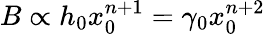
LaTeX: B\propto h_{0}x_{0}^{n+1}=\gamma_{0}x_{0}^{n+2}